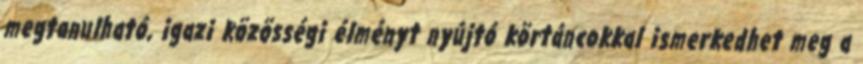
megtanulható, igazi közösségi élményt nyújtó körtáncokkal ismerkedhet meg a